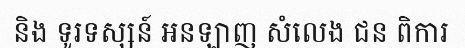
និង ទូរទស្សន៍ អនឡាញ សំលេង ជន ពិការ